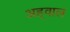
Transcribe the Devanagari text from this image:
अह्‌वाल